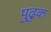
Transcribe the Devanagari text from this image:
पुढुक